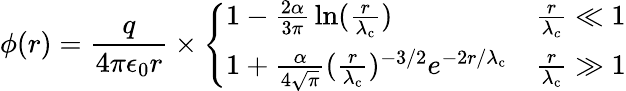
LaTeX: \phi(r)={\frac{q}{4\pi\epsilon_{0}r}}\times\left\{ {\begin{array}{ll}{1-{\frac{2\alpha}{3\pi}}\ln({\frac{r}{\lambda_{\mathrm{c}}}})}&{{\frac{r}{\lambda_{c}}}\ll 1}\\ {1+{\frac{\alpha}{4{\sqrt{\pi}}}}({\frac{r}{\lambda_{\mathrm{c}}}})^{-3/2}e^{-2r/\lambda_{\mathrm{c}}}}&{{\frac{r}{\lambda_{\mathrm{c}}}}\gg 1}\end{array}}\right.